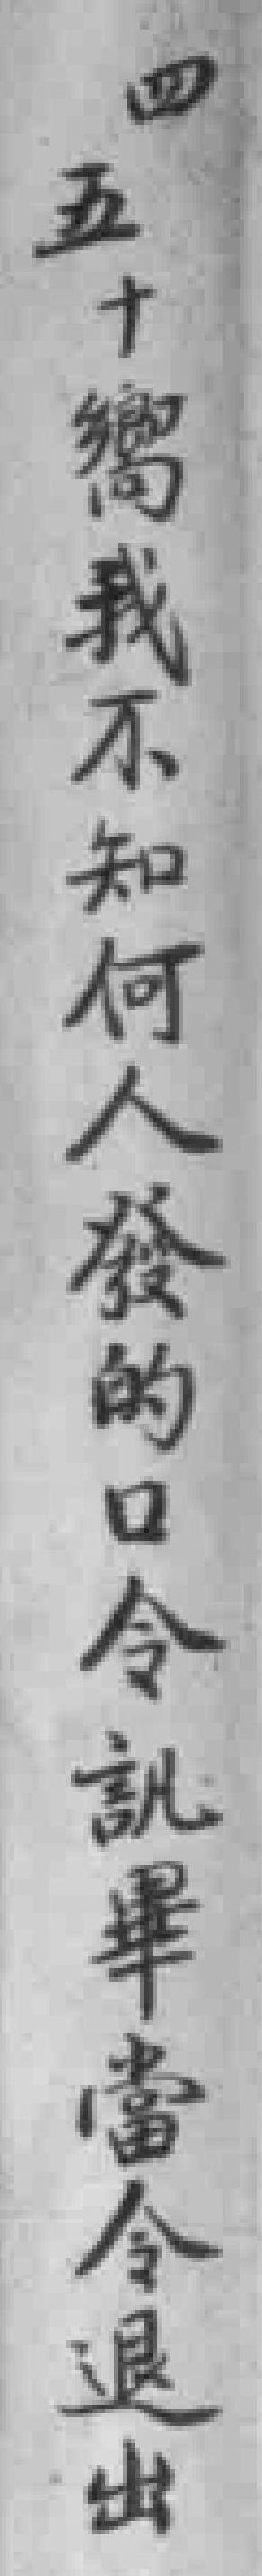
四五十嚮我不知何人發的口令訊畢當令退出